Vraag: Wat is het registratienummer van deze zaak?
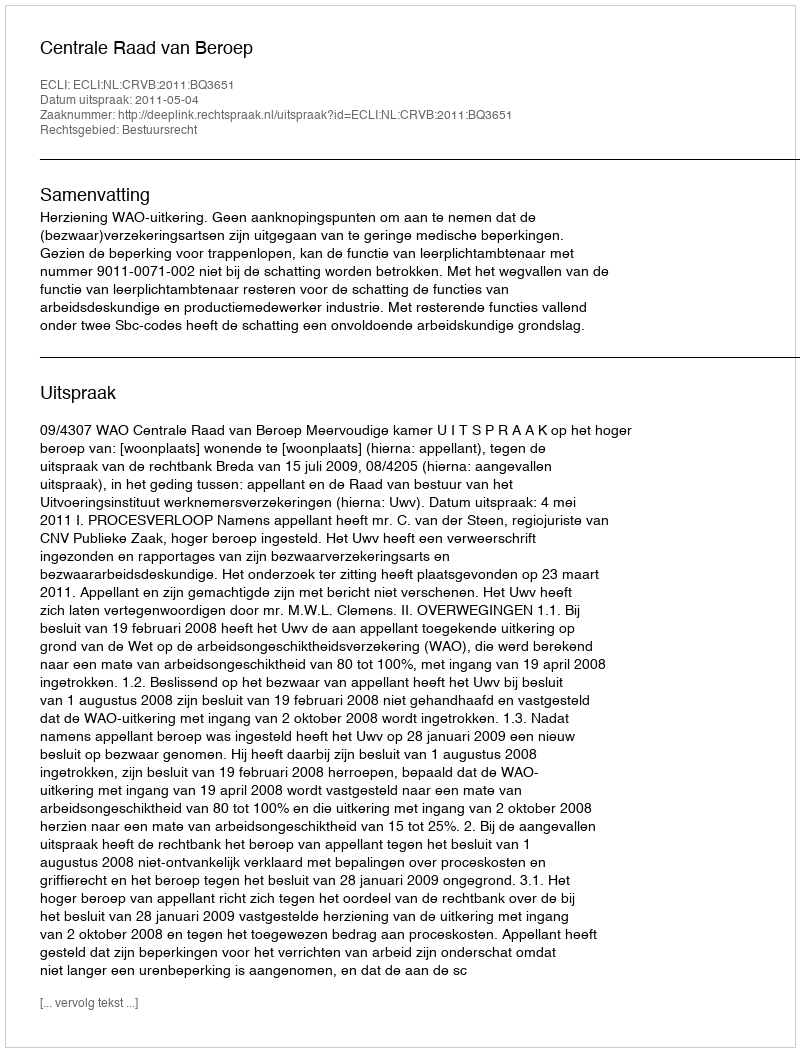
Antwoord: http://deeplink.rechtspraak.nl/uitspraak?id=ECLI:NL:CRVB:2011:BQ3651